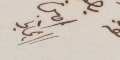
امين الريحاني